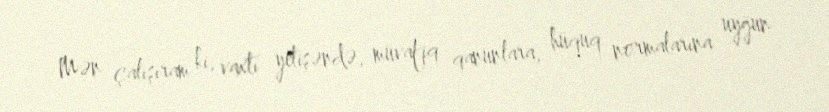
Mən çalışıram ki, vaxtı yetişəndə, müvafiq qanunlara, hüquq normalarına uyğun